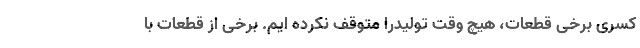
کسری برخی قطعات، هیچ وقت تولیدرا متوقف نکرده ایم. برخی از قطعات با